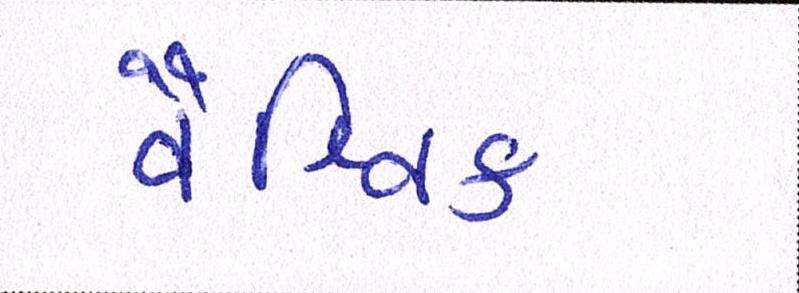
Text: વૈશ્વિક